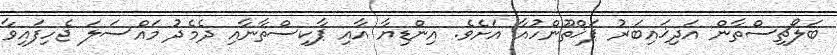
ބަލޯޗިސްތާން އަދިޚައިބަރު ޕަޚްތޫންހުއާ އަށެވެ. އިންޑިޔާ އާއި ޕާކިސްތާނާއި ދެމެދު މައްސަލަ ޖެހިފައިވާ